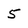
Character: 5